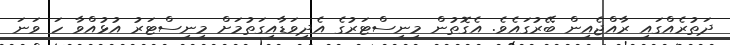
ދަތުރެއްގައި ރާއްޖެއިން ބޭރުގައެވެ. އެގޮތުން މިނިސްޓަރުގެ އެދިވަޑާއިގަތުމަށް މިނިސްޓަރު އުޅުއްވާ ހަ ވަނަ